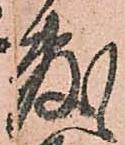
敷